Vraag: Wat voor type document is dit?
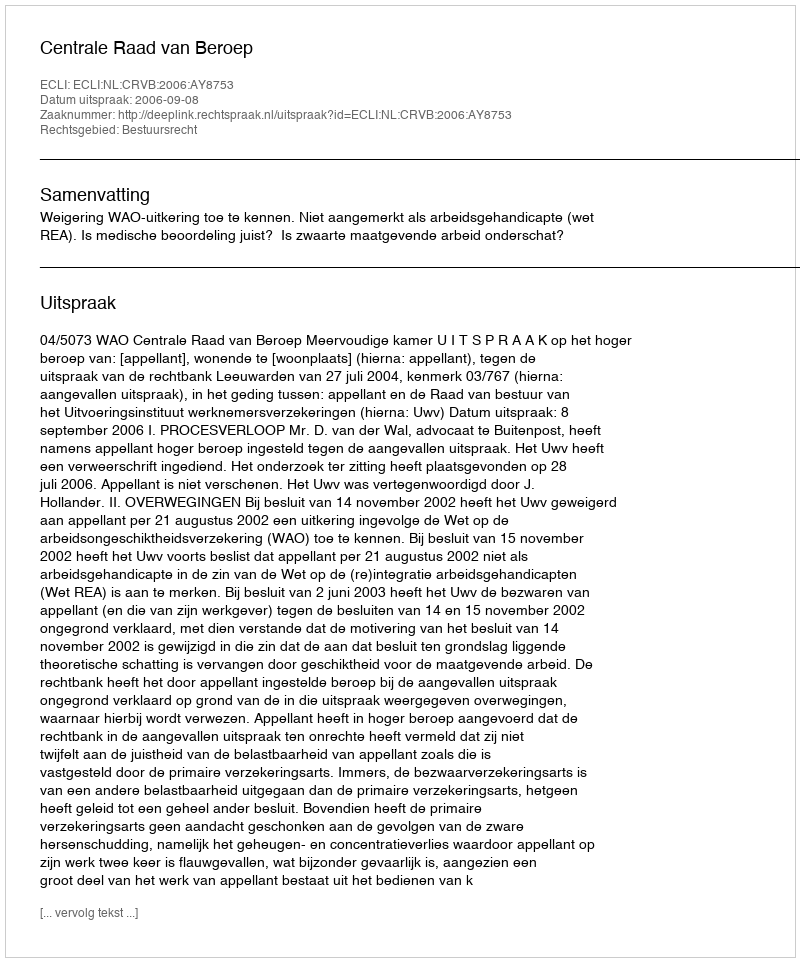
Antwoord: Uitspraak